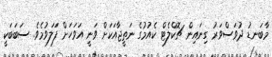
މާބަނޑު ދުވަސްވަރު ގިނައިން ޗޮކްލެޓް ކެއުމުގެ ނަތީޖާއަކަށް ވަނީ އަވަހަށް ފަަލަވުމެވެ. ސަބަބަކީ